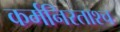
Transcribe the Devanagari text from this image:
कर्मनिरताश्च